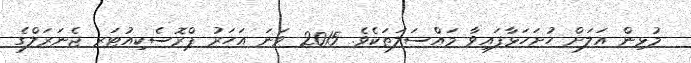
މުޅިން އަލަށް ހުށަހަޅާފައިވާ މައްސަލަތަކެވެ. 2015 ވަނަ އަހަރު ޕްރޮސެކިއުޓަރ ޖެނަރަލްގެ